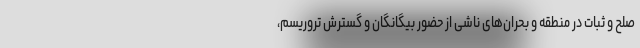
صلح و ثبات در منطقه و بحران‌های ناشی از حضور بیگانگان و گسترش تروریسم،